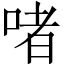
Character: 啫